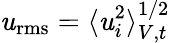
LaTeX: \mathit{u}_{\mathrm{{rms}}}=\langle\mathit{u}_{i}^{2}\rangle_{V,t}^{1/2}